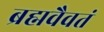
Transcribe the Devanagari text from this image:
ब्रह्मवैवतं